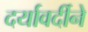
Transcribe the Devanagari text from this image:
दर्यावर्दीने